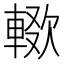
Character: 𰹚